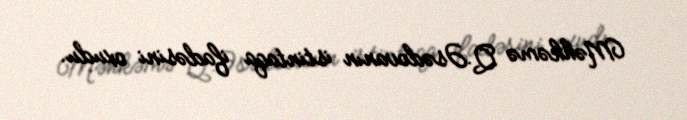
Məhkəmə Q.Əsədovanın istintaqa ifadəsini oxudu.